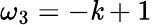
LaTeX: \omega_{3}=-\mathit{k}+1